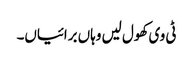
ٹی وی کھول لیں وہاں برائیاں۔